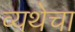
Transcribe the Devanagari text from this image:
व्यथेचा